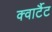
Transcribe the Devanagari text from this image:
क्वार्टैट